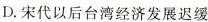
D.宋代以后台湾经济发展迟缓